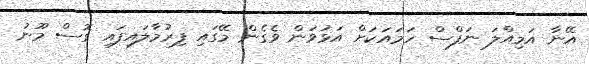
އޭނާ އަމިއްލަ ނަފްސް ހަމައަކަށް އަޅުވަން ވެގެން މޭގައި ފިރުމާލައިފައި ގޮސް މޫނު